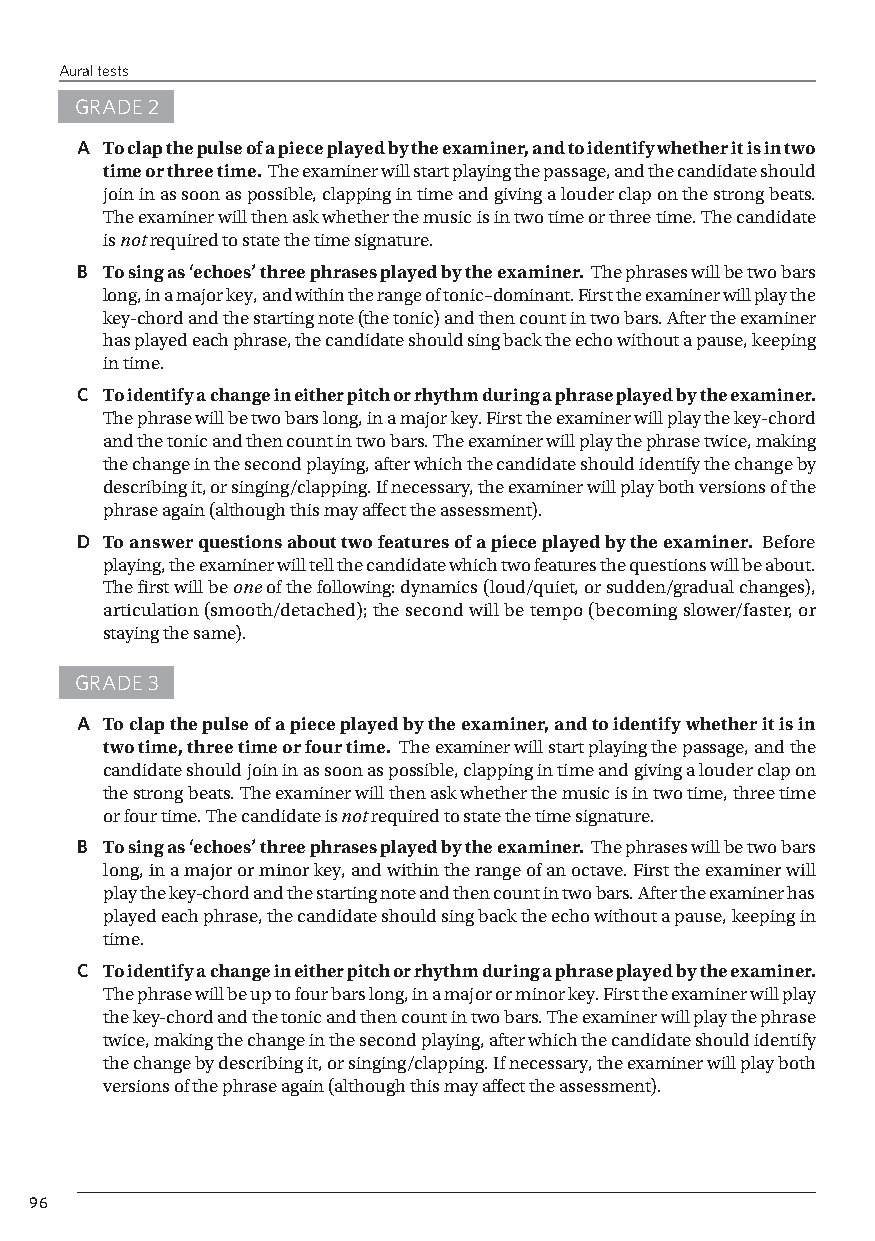
Aural tests
 GRADE 2
 A To clap the pulse of a piece played by the examiner, and to identify whether it is in two
 time or three time. The examiner will start playing the passage, and the candidate should
 join in as soon as possible, clapping in time and giving a louder clap on the strong beats.
 The examiner will then ask whether the music is in two time or three time. The candidate
 is not required to state the time signature.
 B To sing as ‘echoes’ three phrases played by the examiner. The phrases will be two bars
 long, in a major key, and within the range of tonic–dominant. First the examiner will play the
 key-chord and the starting note (the tonic) and then count in two bars. After the examiner
 has played each phrase, the candidate should sing back the echo without a pause, keeping
 in time.
 C To identify a change in either pitch or rhythm during a phrase played by the examiner.
 The phrase will be two bars long, in a major key. First the examiner will play the key-chord
 and the tonic and then count in two bars. The examiner will play the phrase twice, making
 the change in the second playing, after which the candidate should identify the change by
 describing it, or singing/clapping. If necessary, the examiner will play both versions of the
 phrase again (although this may affect the assessment).
 D To answer questions about two features of a piece played by the examiner. Before
 playing, the examiner will tell the candidate which two features the questions will be about.
 The first will be one of the following: dynamics (loud/quiet, or sudden/gradual changes),
 articulation (smooth/detached); the second will be tempo (becoming slower/faster, or
 staying the same).
 GRADE 3
 A To clap the pulse of a piece played by the examiner, and to identify whether it is in
 two time, three time or four time. The examiner will start playing the passage, and the
 candidate should join in as soon as possible, clapping in time and giving a louder clap on
 the strong beats. The examiner will then ask whether the music is in two time, three time
 or four time. The candidate is not required to state the time signature.
 B To sing as ‘echoes’ three phrases played by the examiner. The phrases will be two bars
 long, in a major or minor key, and within the range of an octave. First the examiner will
 play the key-chord and the starting note and then count in two bars. After the examiner has
 played each phrase, the candidate should sing back the echo without a pause, keeping in
 time.
 C To identify a change in either pitch or rhythm during a phrase played by the examiner.
 The phrase will be up to four bars long, in a major or minor key. First the examiner will play
 the key-chord and the tonic and then count in two bars. The examiner will play the phrase
 twice, making the change in the second playing, after which the candidate should identify
 the change by describing it, or singing/clapping. If necessary, the examiner will play both
 versions of the phrase again (although this may affect the assessment).
 96